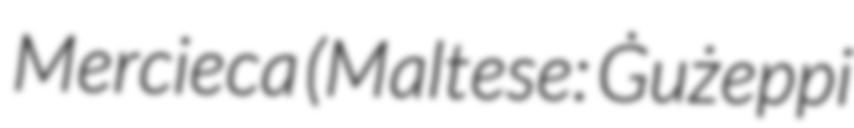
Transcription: Mercieca (Maltese: Ġużeppi